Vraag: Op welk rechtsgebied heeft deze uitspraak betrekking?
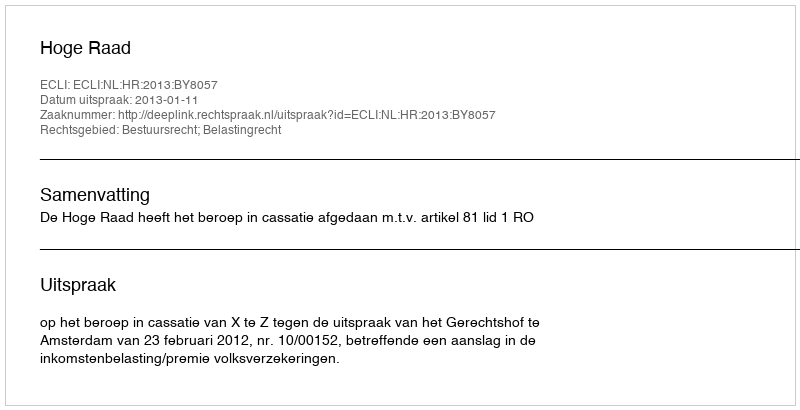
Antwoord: Bestuursrecht; Belastingrecht